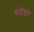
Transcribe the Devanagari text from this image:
मंत्रॊच्चार